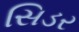
સિડર